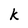
Character: k